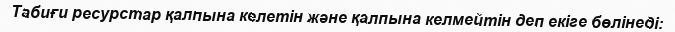
Табиғи ресурстар қалпына келетін және қалпына келмейтін деп екіге бөлінеді: